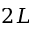
2 L